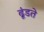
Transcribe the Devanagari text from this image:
ढूंडते